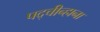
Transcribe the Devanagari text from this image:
पद्चीन्हाना